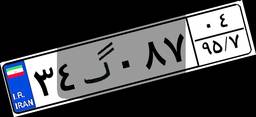
۳۴گ۰۸۷۰۴